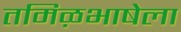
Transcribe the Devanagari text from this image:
तमिऴभाषेला